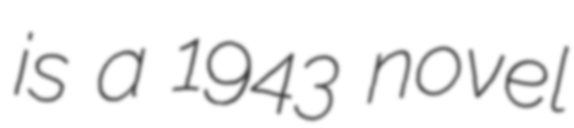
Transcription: is a 1943 novel